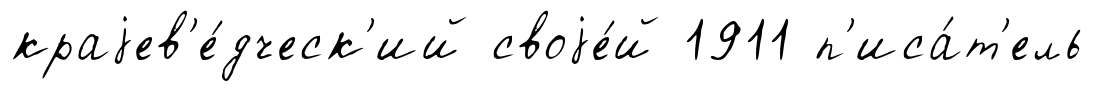
краjев'е́дческ'ий своjе́й 1911 п'иса́т'ель